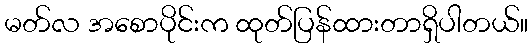
မတ်လ အစောပိုင်းက ထုတ်ပြန်ထားတာရှိပါတယ်။